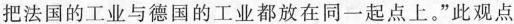
把法国的工业与德国的工业都放在同一起点上。”此观点